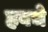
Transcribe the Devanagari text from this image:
हवचे